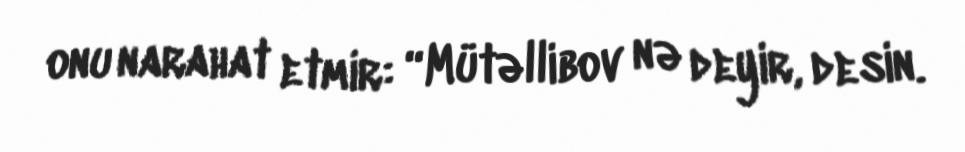
onu narahat etmir: “Mütəllibov nə deyir, desin.